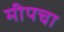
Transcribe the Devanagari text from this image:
मीपचा